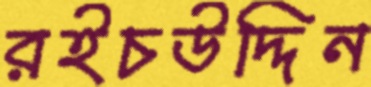
রইচউদ্দিন